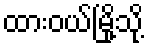
ထားဝယ်မြို့သို့